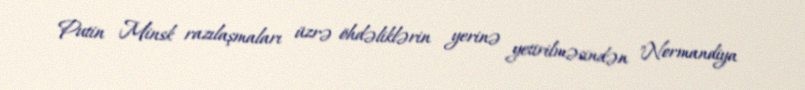
Putin Minsk razılaşmaları üzrə öhdəliklərin yerinə yetirilməsindən "Normandiya